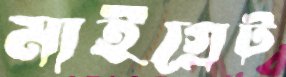
মাইগ্রেট